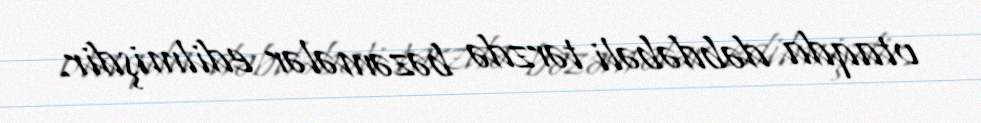
otaqda dəbdəbəli tərzdə bəzəmələr edilmişdir.